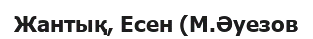
Жантық, Есен (М.Әуезов